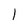
Character: 1